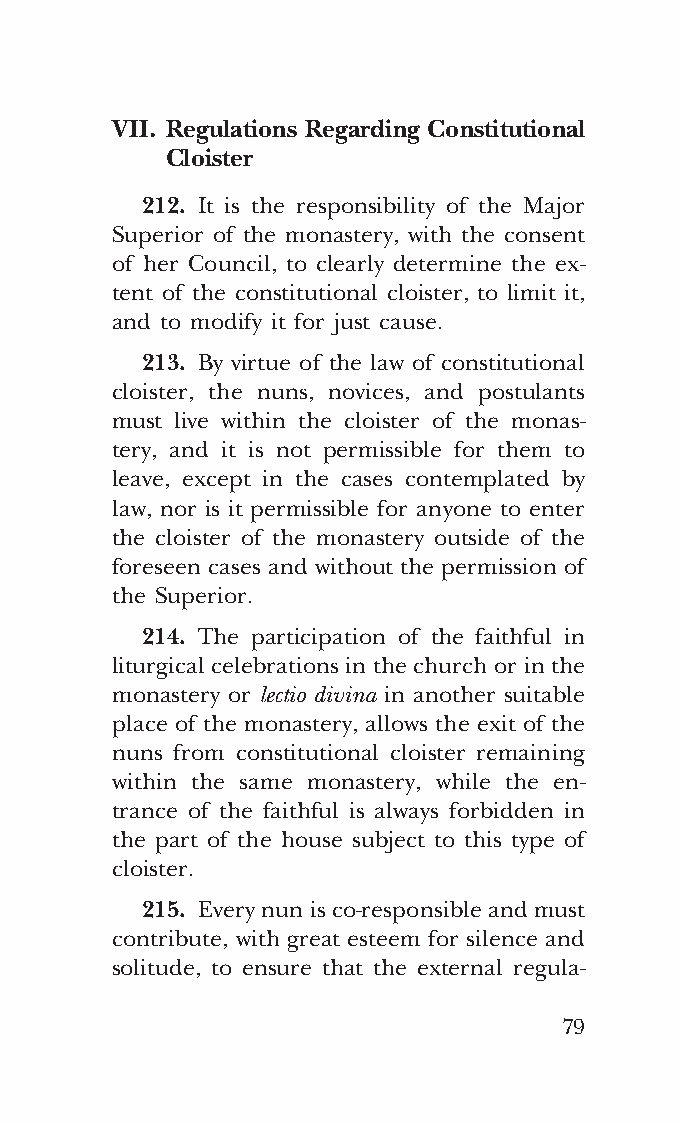
COR ORANS – NUOVO FORMATO – INGLESE 2ª BOZZA – 24 maggio 2018 – 11:12
 VII. Regulations Regarding Constitutional
 Cloister
 212. It is the responsibility of the Major
 Superior of the monastery, with the consent
 of her Council, to clearly determine the ex-
 tent of the constitutional cloister, to limit it,
 and to modify it for just cause.
 213. By virtue of the law of constitutional
 cloister, the nuns, novices, and postulants
 must live within the cloister of the monas-
 tery, and it is not permissible for them to
 leave, except in the cases contemplated by
 law, nor is it permissible for anyone to enter
 the cloister of the monastery outside of the
 foreseen cases and without the permission of
 the Superior.
 214. The participation of the faithful in
 liturgical celebrations in the church or in the
 monastery or lectio divina in another suitable
 place of the monastery, allows the exit of the
 nuns from constitutional cloister remaining
 within the same monastery, while the en-
 trance of the faithful is always forbidden in
 the part of the house subject to this type of
 cloister.
 215. Every nun is co-responsible and must
 contribute, with great esteem for silence and
 solitude, to ensure that the external regula-
 79